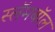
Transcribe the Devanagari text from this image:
स्लॅमबॉल